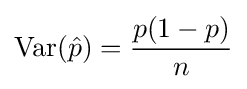
\operatorname {Var} ({\hat {p}})={\frac {p(1-p)}{n}}